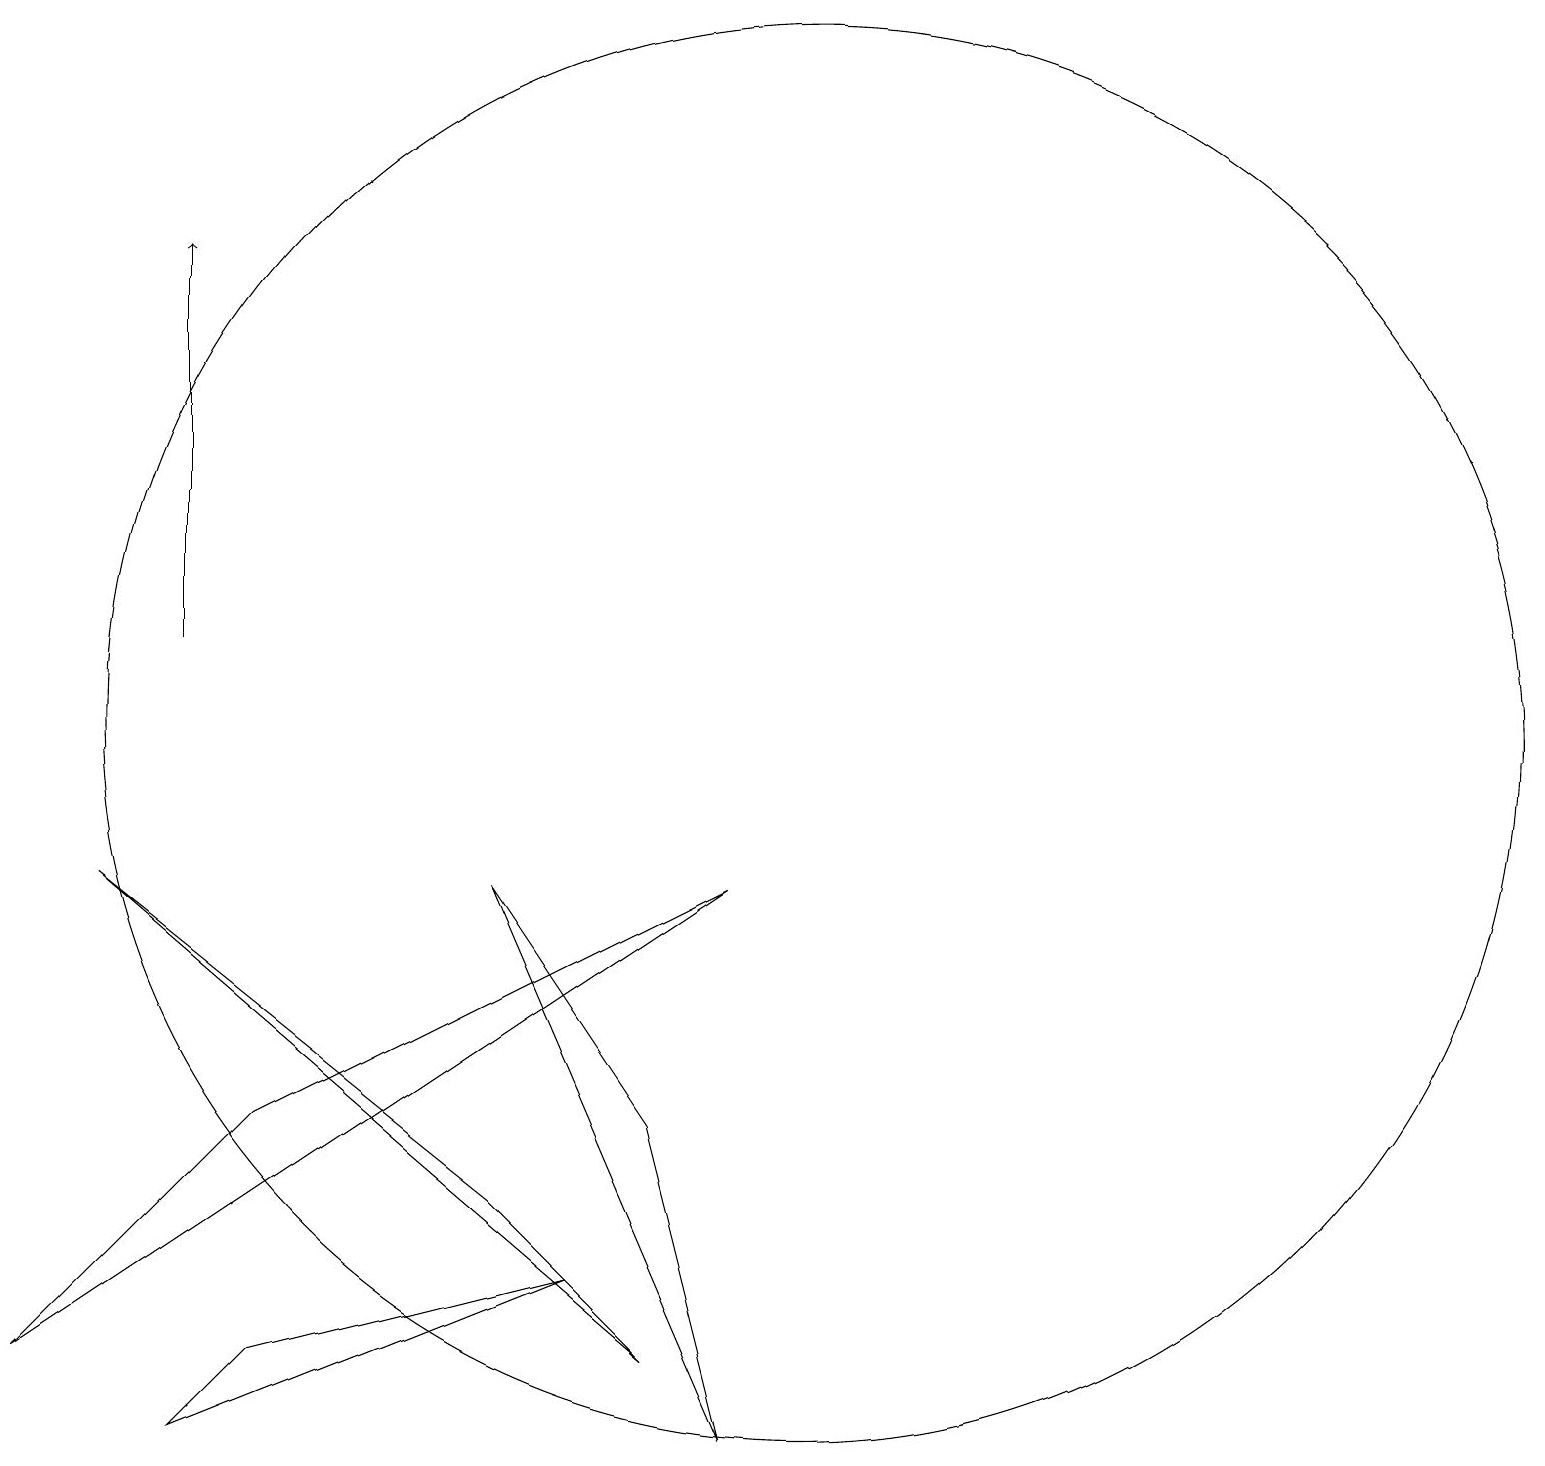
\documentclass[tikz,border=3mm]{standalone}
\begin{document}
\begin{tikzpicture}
\draw (8,3) -- (6,5) -- (1,9) -- cycle;
\draw[->] (2,12) -- (2,17);
\draw (12,12) circle (0);
\draw (10,11) circle (9);
\draw (11,10) circle (0);
\draw (6,9) -- (9,2) -- (8,6) -- cycle;
\draw (3,6) -- (0,3) -- (9,9) -- cycle;
\draw (7,4) -- (3,3) -- (2,2) -- cycle;
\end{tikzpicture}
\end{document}